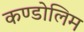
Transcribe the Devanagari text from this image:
कण्डोलिम